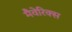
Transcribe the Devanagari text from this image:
मैवेरिक्स